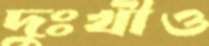
দুঃখীও